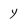
Character: y